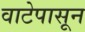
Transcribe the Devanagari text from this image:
वाटेपासून